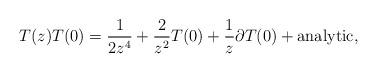
LaTeX: \begin{align*}T(z) T(0) = \frac{1}{2 z^4} + \frac{2}{z^2} T(0) + \frac{1}{z}\partial T(0) + {\rm analytic}, \end{align*}